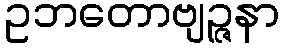
ဥဘတောဗျဉ္ဇနာ